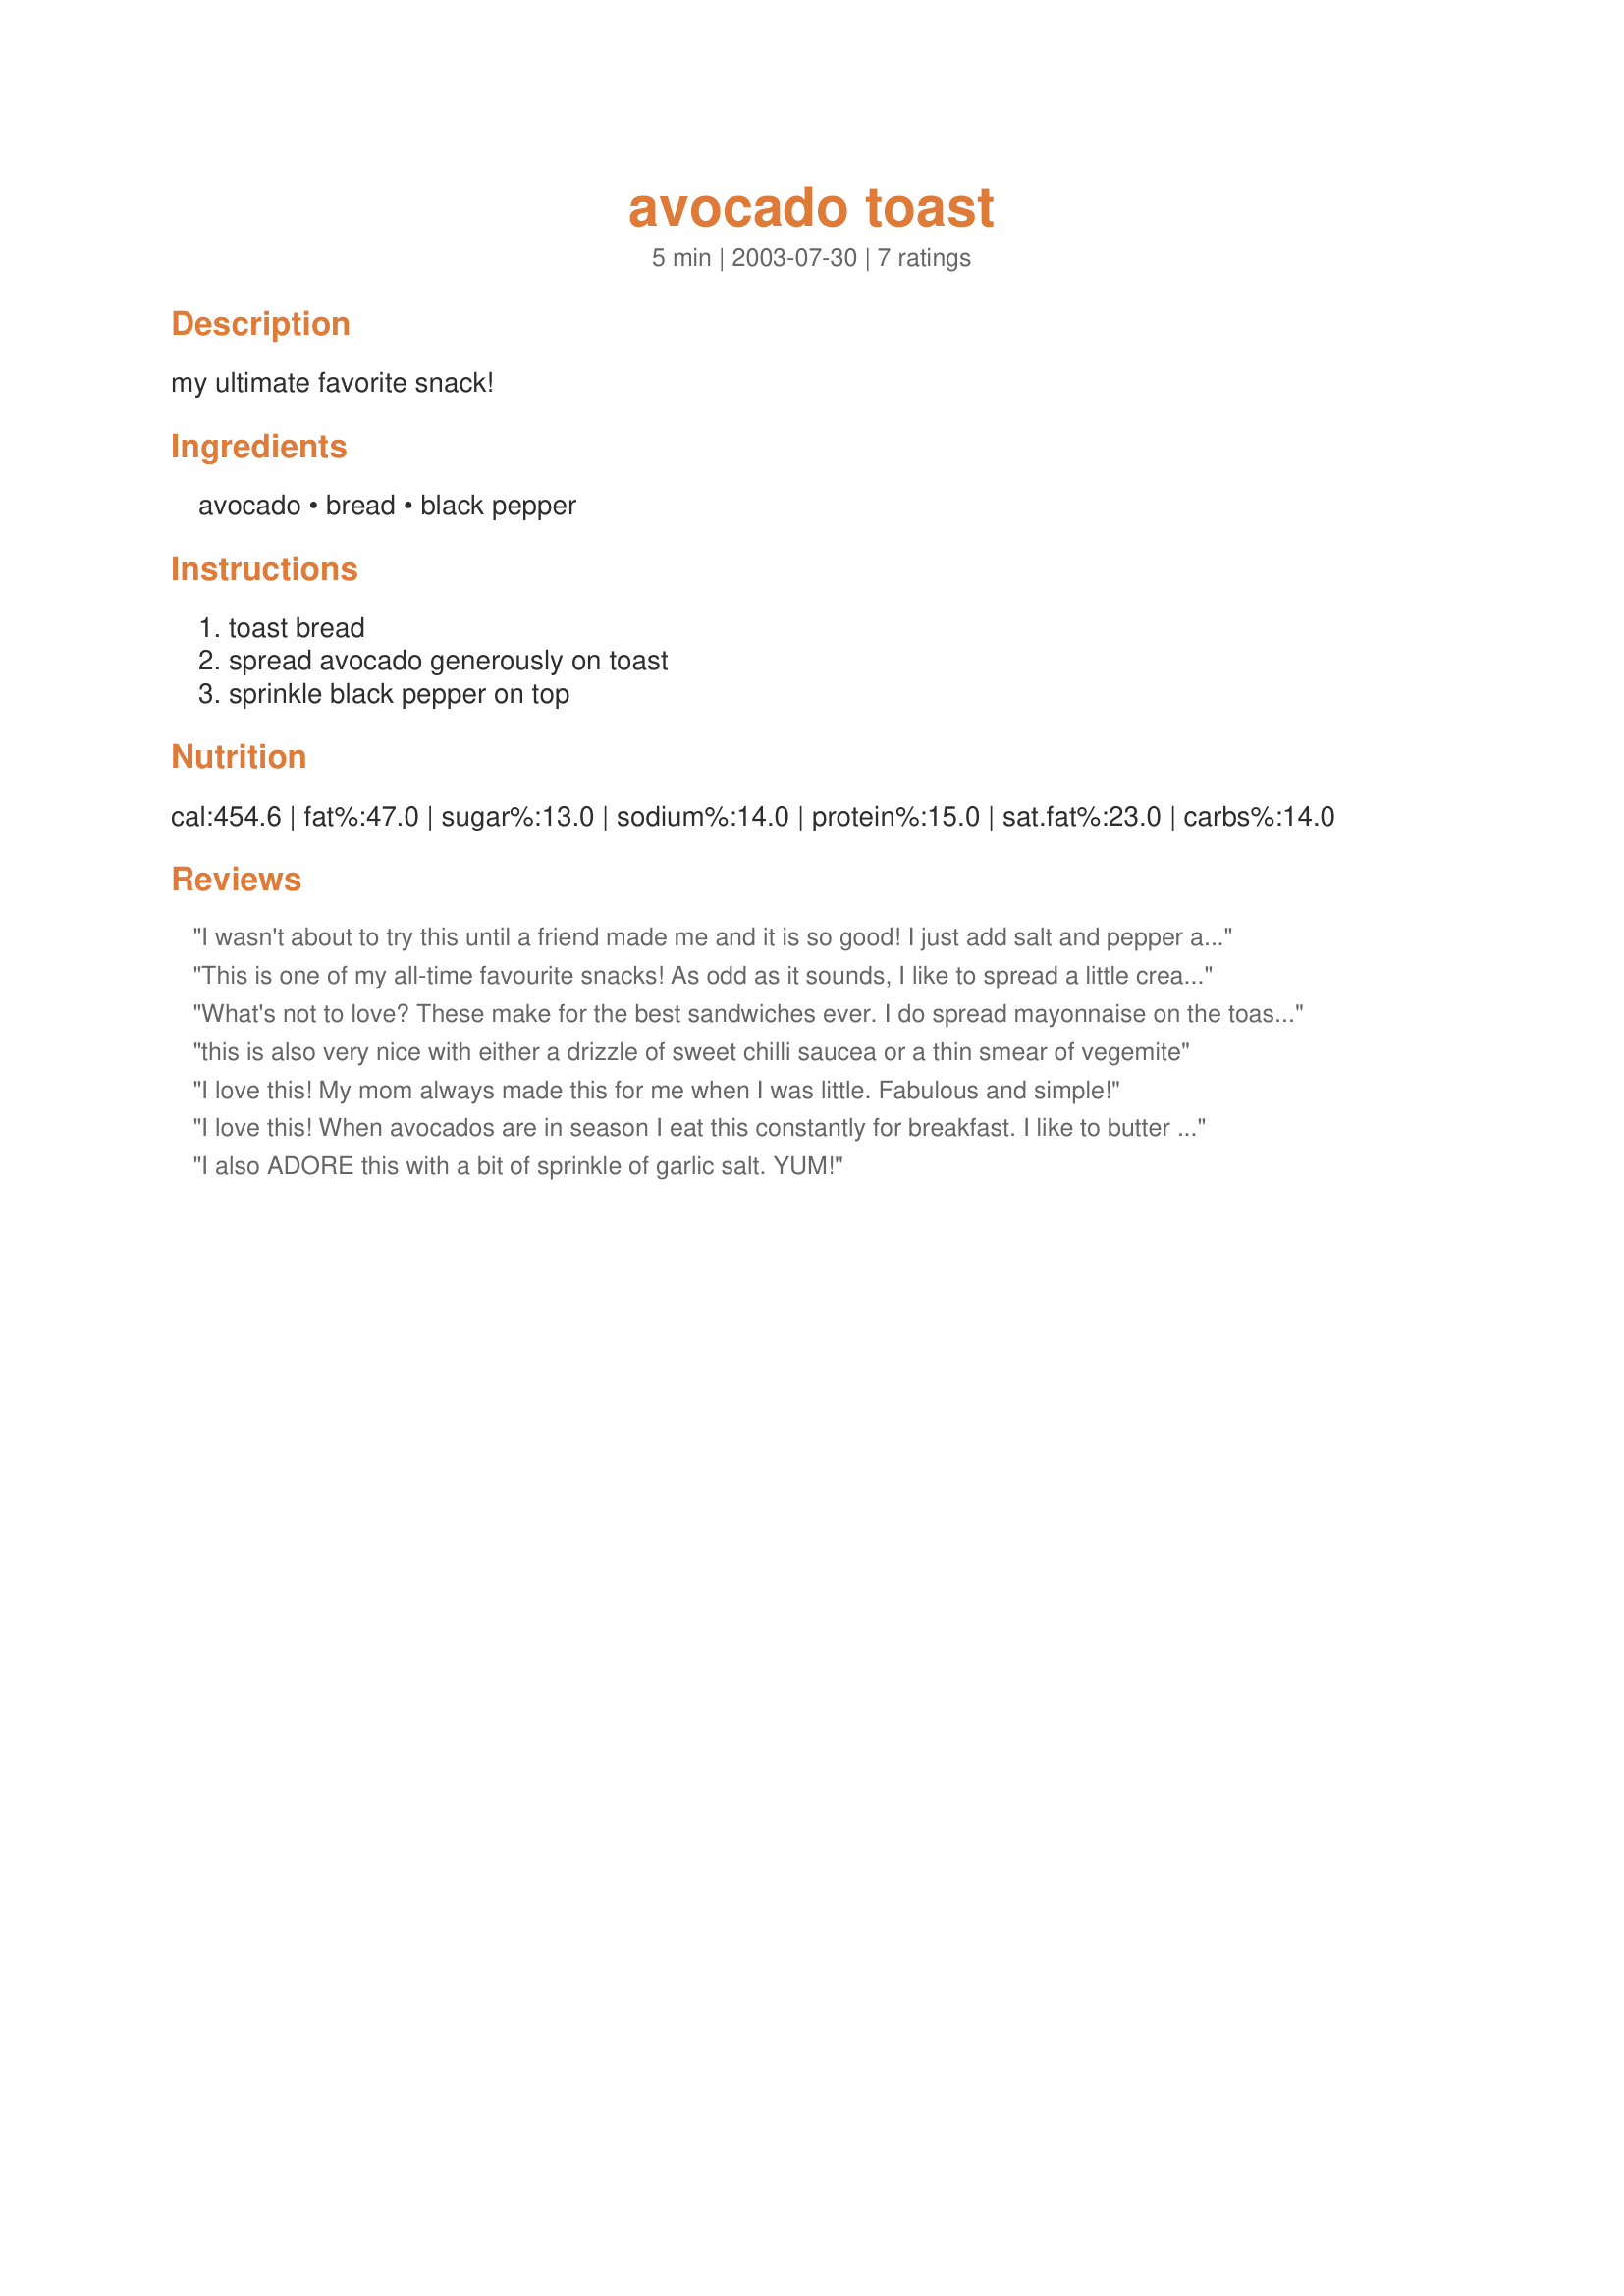
avocado toast
Preparation time: 5 minutes

my ultimate favorite snack!

Ingredients:
avocado, bread, black pepper

Steps:
toast bread, spread avocado generously on toast, sprinkle black pepper on top

Reviews:
I wasn't about to try this until a friend made me and it is so good! I just add salt and pepper and I'm in heaven. Now I need more avocados!
This is one of my all-time favourite snacks! As odd as it sounds, I like to spread a little cream cheese on the toast before the avocado.
What's not to love? These make for the best sandwiches ever. I do spread mayonnaise on the toast and add salt and pepper. Just outstanding! These are also great with a big slice of ripe tomato on top of the avocado, YUM! Thanks for the great idea Boje.
this is also very nice with either a drizzle of sweet chilli saucea or a thin smear of vegemite
I love this! My mom always made this for me when I was little. Fabulous and simple!
I love this! When avocados are in season I eat this constantly for breakfast. I like to butter my toast and add a little salt as well.
I also ADORE this with a bit of sprinkle of garlic salt. YUM!
